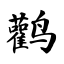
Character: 鹳